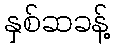
နှစ်ဆခန့်